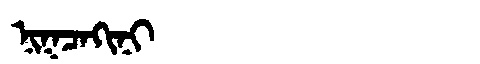
Manchu: ᠨᡳᡴᠴᠠᡴᡳᠨᡳ
Romanization: NIKCAKINI